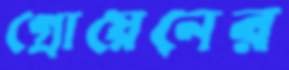
গ্রোয়েনের